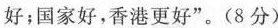
好；国家好，香港更好”。(8分)